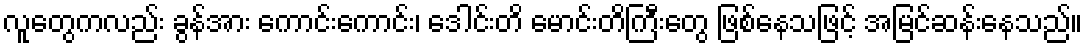
လူတွေကလည်း ခွန်အား ကောင်းကောင်း၊ ဒေါင်းတိ မောင်းတိကြီးတွေ ဖြစ်နေသဖြင့် အမြင်ဆန်းနေသည်။